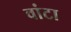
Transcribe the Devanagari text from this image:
वांटा